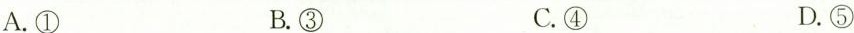
A.① B.③ C.④ D.⑤